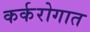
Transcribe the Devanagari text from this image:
कर्करोगात